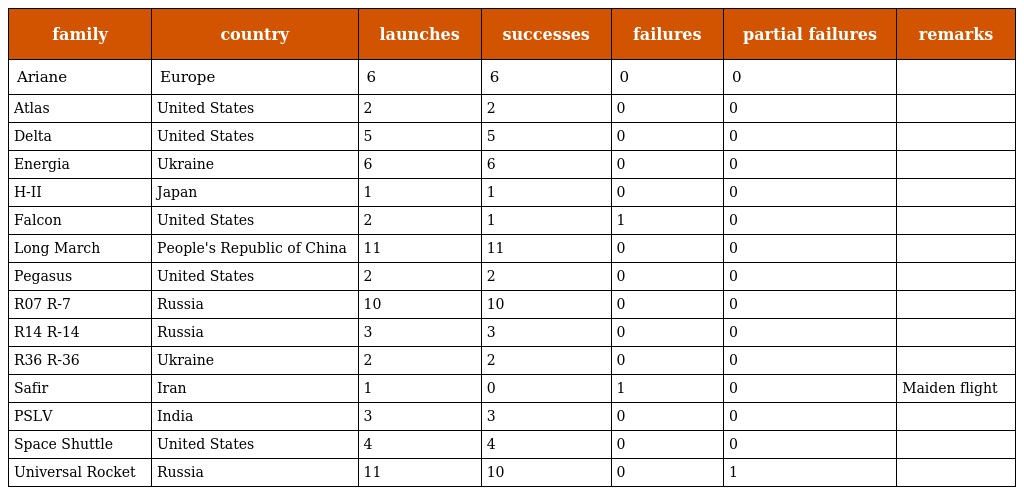
| family | country | launches | successes | failures | partial failures | remarks |
 | --- | --- | --- | --- | --- | --- | --- |
 | Ariane | Europe | 6 | 6 | 0 | 0 |  |
 | Atlas | United States | 2 | 2 | 0 | 0 |  |
 | Delta | United States | 5 | 5 | 0 | 0 |  |
 | Energia | Ukraine | 6 | 6 | 0 | 0 |  |
 | H-II | Japan | 1 | 1 | 0 | 0 |  |
 | Falcon | United States | 2 | 1 | 1 | 0 |  |
 | Long March | People's Republic of China | 11 | 11 | 0 | 0 |  |
 | Pegasus | United States | 2 | 2 | 0 | 0 |  |
 | R07 R-7 | Russia | 10 | 10 | 0 | 0 |  |
 | R14 R-14 | Russia | 3 | 3 | 0 | 0 |  |
 | R36 R-36 | Ukraine | 2 | 2 | 0 | 0 |  |
 | Safir | Iran | 1 | 0 | 1 | 0 | Maiden flight |
 | PSLV | India | 3 | 3 | 0 | 0 |  |
 | Space Shuttle | United States | 4 | 4 | 0 | 0 |  |
 | Universal Rocket | Russia | 11 | 10 | 0 | 1 |  |